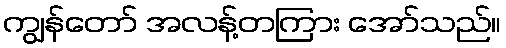
ကျွန်တော် အလန့်တကြား အော်သည်။